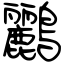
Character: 鸝